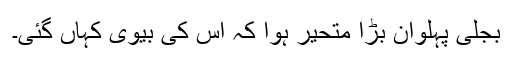
بجلی پہلوان بڑا متحیر ہوا کہ اس کی بیوی کہاں گئی۔